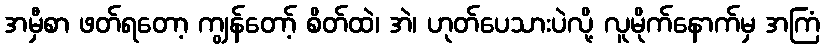
အမှီစာ ဖတ်ရတော့ ကျွန်တော့် စိတ်ထဲ၊ အဲ၊ ဟုတ်ပေသားပဲလို့ လူမိုက်နောက်မှ အကြံ